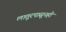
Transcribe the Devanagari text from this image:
लातूरपासूनही